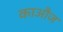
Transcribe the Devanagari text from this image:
काऔज